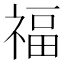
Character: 福